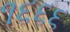
૧૬૬૬